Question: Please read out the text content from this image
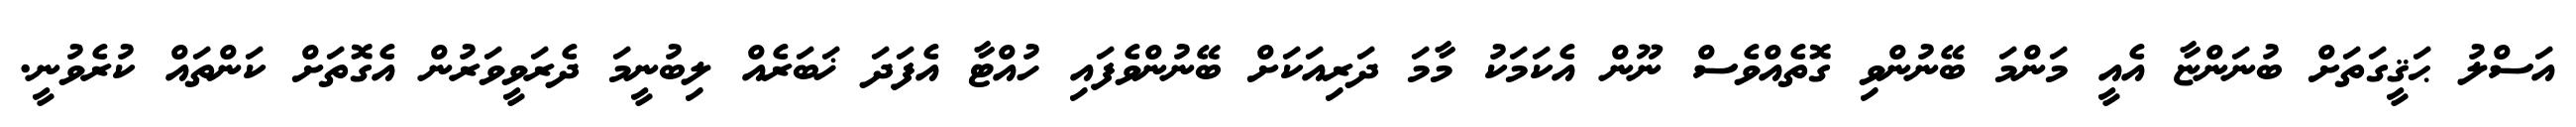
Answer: އަސްލު ޙަޤީގަތަށް ބުނަންޏާ އެއީ މަންމަ ބޭނުންވި ގޮތެއްވެސް ނޫން އެކަމަކު މާމަ ދަރިއަކަށް ބޭނުންވެފައި ހުއްޓާ އެފަދަ ޚަބަރެއް ލިބުނީމަ ދެރަވީވަރުން އެގޮތަށް ކަންތައް ކުރެވުނީ.